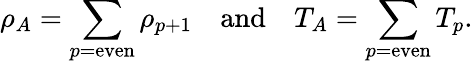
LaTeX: \rho_{A}=\sum_{p=\mathrm{even}}\rho_{p+1}\quad\mathrm{and}\quad T_{A}=\sum_{p=\mathrm{even}}T_{p}.